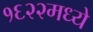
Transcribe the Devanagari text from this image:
१६२२मध्ये